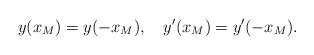
LaTeX: \begin{align*}y(x_M)=y(-x_M), \quad y'(x_M)=y'(-x_M).\end{align*}